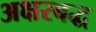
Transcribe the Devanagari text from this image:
अक्षरबद्ध